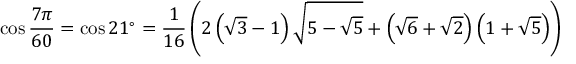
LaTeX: \cos { \frac { 7 \pi } { 6 0 } } = \cos 2 1 ^ { \circ } = { \frac { 1 } { 1 6 } } \left( 2 \left( { \sqrt { 3 } } - 1 \right) { \sqrt { 5 - { \sqrt { 5 } } } } + \left( { \sqrt { 6 } } + { \sqrt { 2 } } \right) \left( 1 + { \sqrt { 5 } } \right) \right)